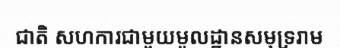
ជាតិ សហការជាមួយមូលដ្ឋានសមុទ្ររាម